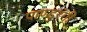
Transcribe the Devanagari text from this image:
पाण्डुरंगी